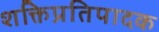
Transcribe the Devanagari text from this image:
शक्तिप्रतिपादक